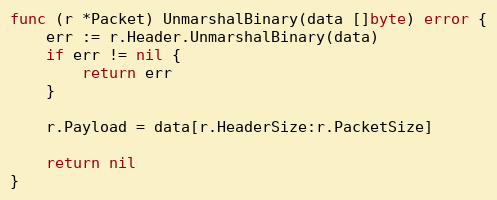
Language: Go
func (r *Packet) UnmarshalBinary(data []byte) error {
	err := r.Header.UnmarshalBinary(data)
	if err != nil {
		return err
	}

	r.Payload = data[r.HeaderSize:r.PacketSize]

	return nil
}